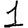
Digit: 1